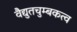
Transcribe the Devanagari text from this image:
वैद्युतचुम्बकत्व